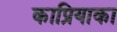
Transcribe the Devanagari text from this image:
काप्रियाका